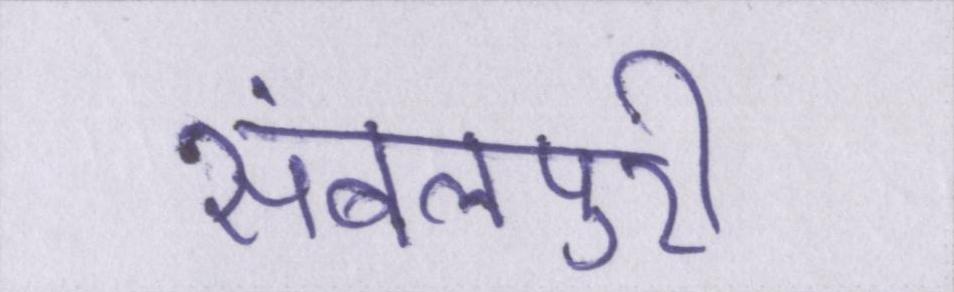
संबलपुरी